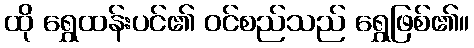
ထို ရွှေထန်းပင်၏ ဝင်စည်သည် ရွှေဖြစ်၏။